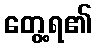
တွေ့ရ၏